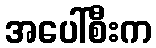
အပေါ်စီးက